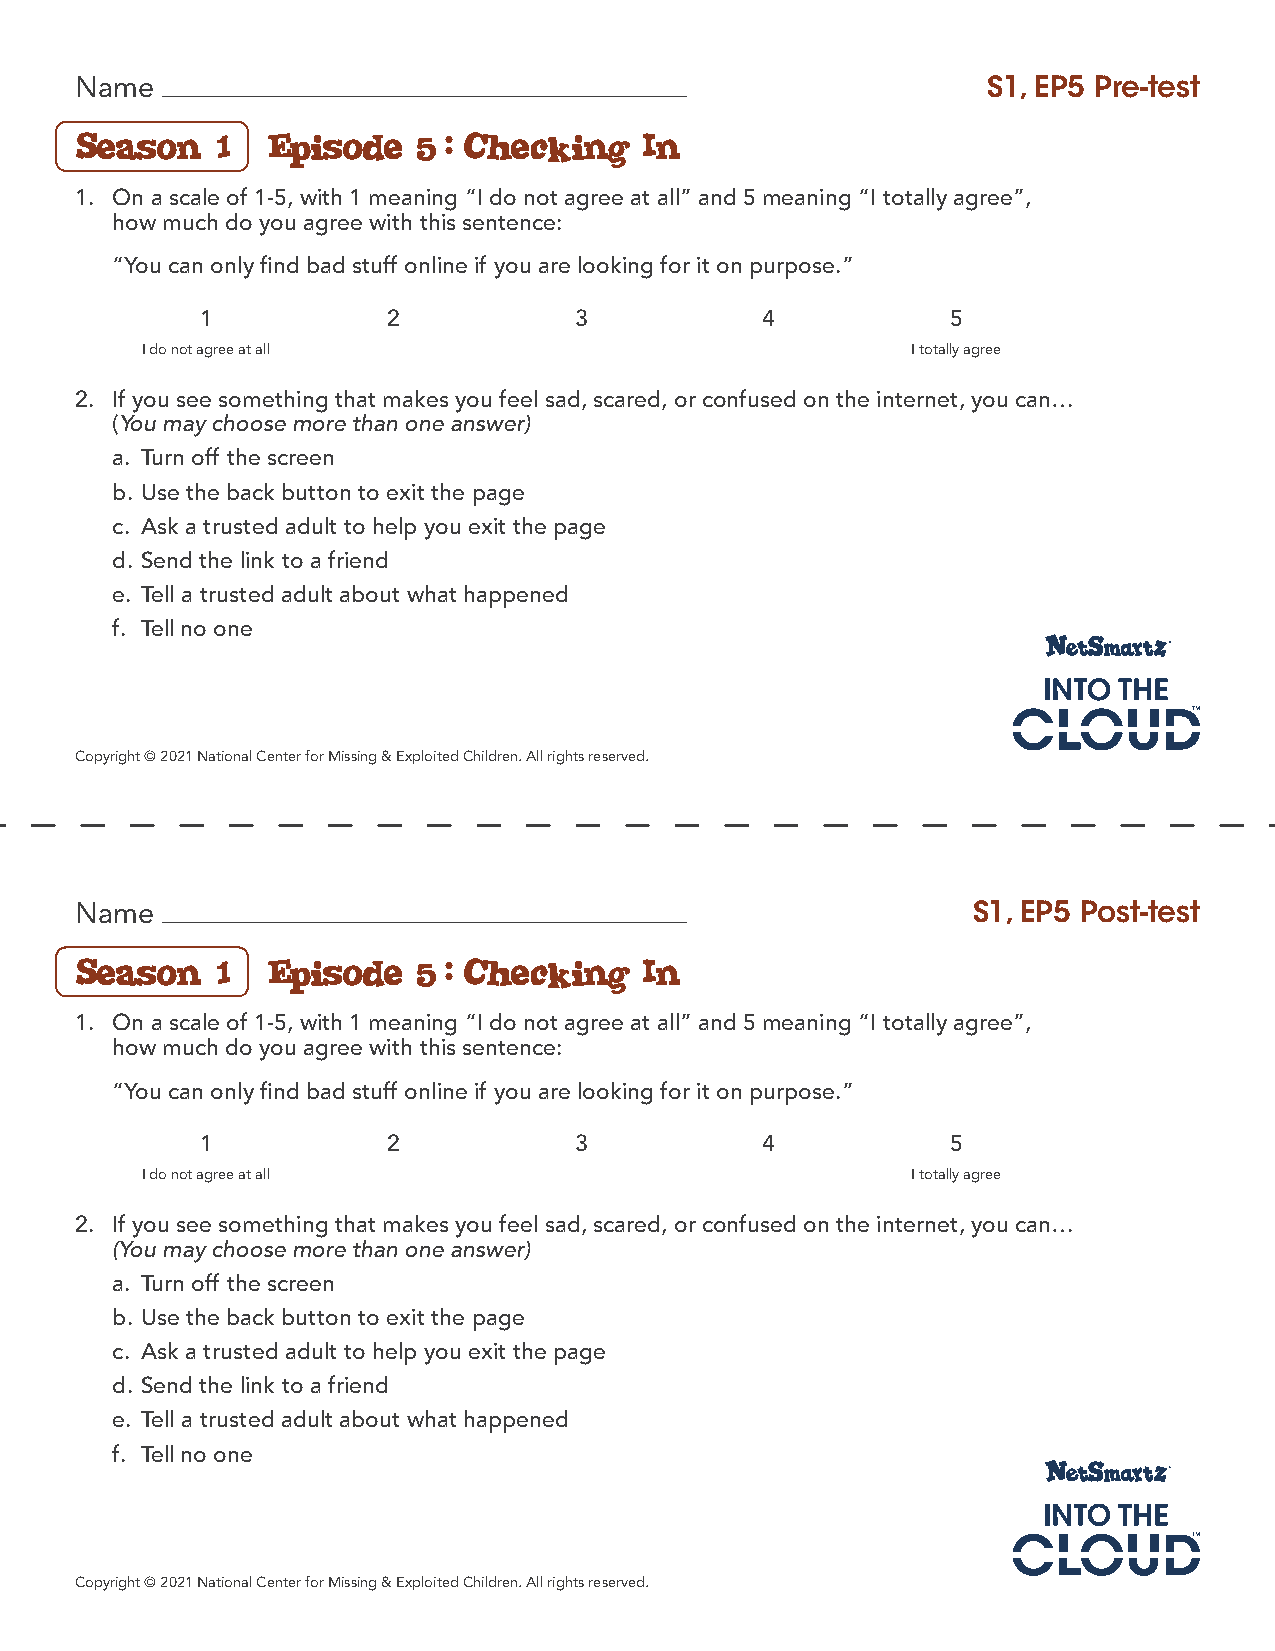
Name                                                        S1, EP5 Pre-test
 Season   1   Episode  5:  Checking   In
 1. On a scale of 1-5, with 1 meaning “I do not agree at all” and 5 meaning “I totally agree”,
 how much do you agree with this sentence:
 “You can only find bad stuff online if you are looking for it on purpose.”
 1            2           3           4            5
 I do not agree at all                              I totally agree
 2. If you see something that makes you feel sad, scared, or confused on the internet, you can…
 (You may choose more than one answer)
 a. Turn off the screen
 b. Use the back button to exit the page
 c. Ask a trusted adult to help you exit the page
 d. Send the link to a friend
 e. Tell a trusted adult about what happened
 f. Tell no one
 Copyright © 2021 National Center for Missing & Exploited Children. All rights reserved.
 Name                                                       S1, EP5 Post-test
 Season   1   Episode  5:  Checking   In
 1. On a scale of 1-5, with 1 meaning “I do not agree at all” and 5 meaning “I totally agree”,
 how much do you agree with this sentence:
 “You can only find bad stuff online if you are looking for it on purpose.”
 1            2           3           4            5
 I do not agree at all                              I totally agree
 2. If you see something that makes you feel sad, scared, or confused on the internet, you can…
 (You may choose more than one answer)
 a. Turn off the screen
 b. Use the back button to exit the page
 c. Ask a trusted adult to help you exit the page
 d. Send the link to a friend
 e. Tell a trusted adult about what happened
 f. Tell no one
 Copyright © 2021 National Center for Missing & Exploited Children. All rights reserved.